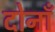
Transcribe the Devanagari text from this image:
दोनाँ